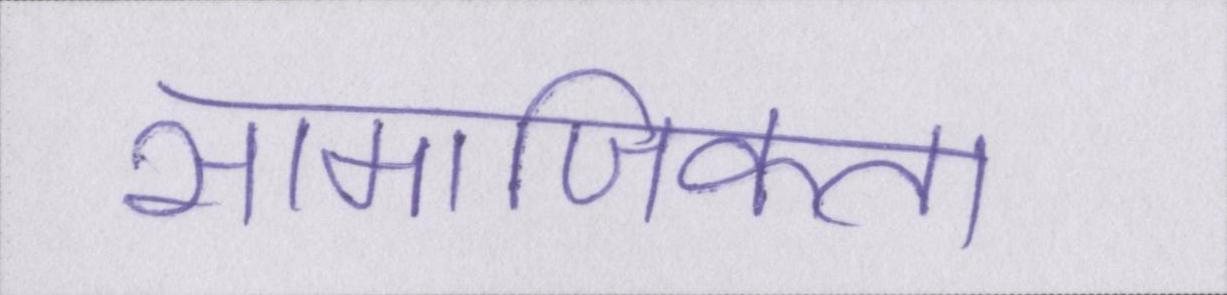
सामाजिकता